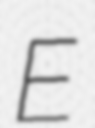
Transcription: E